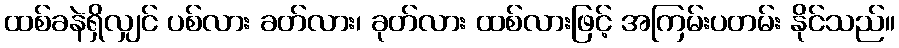
ထစ်ခနဲရှိလျှင် ပစ်လား ခတ်လား၊ ခုတ်လား ထစ်လားဖြင့် အကြမ်းပတမ်း နိုင်သည်။